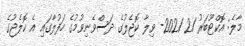
މާލެ: އޮކްޓޫބަރު 21 2021- ވިލާ ކޮޖެލުގެ ދަސްވެނިވުމުގެ ހަފުލާގައި އެ ކޮލެޖުގެ